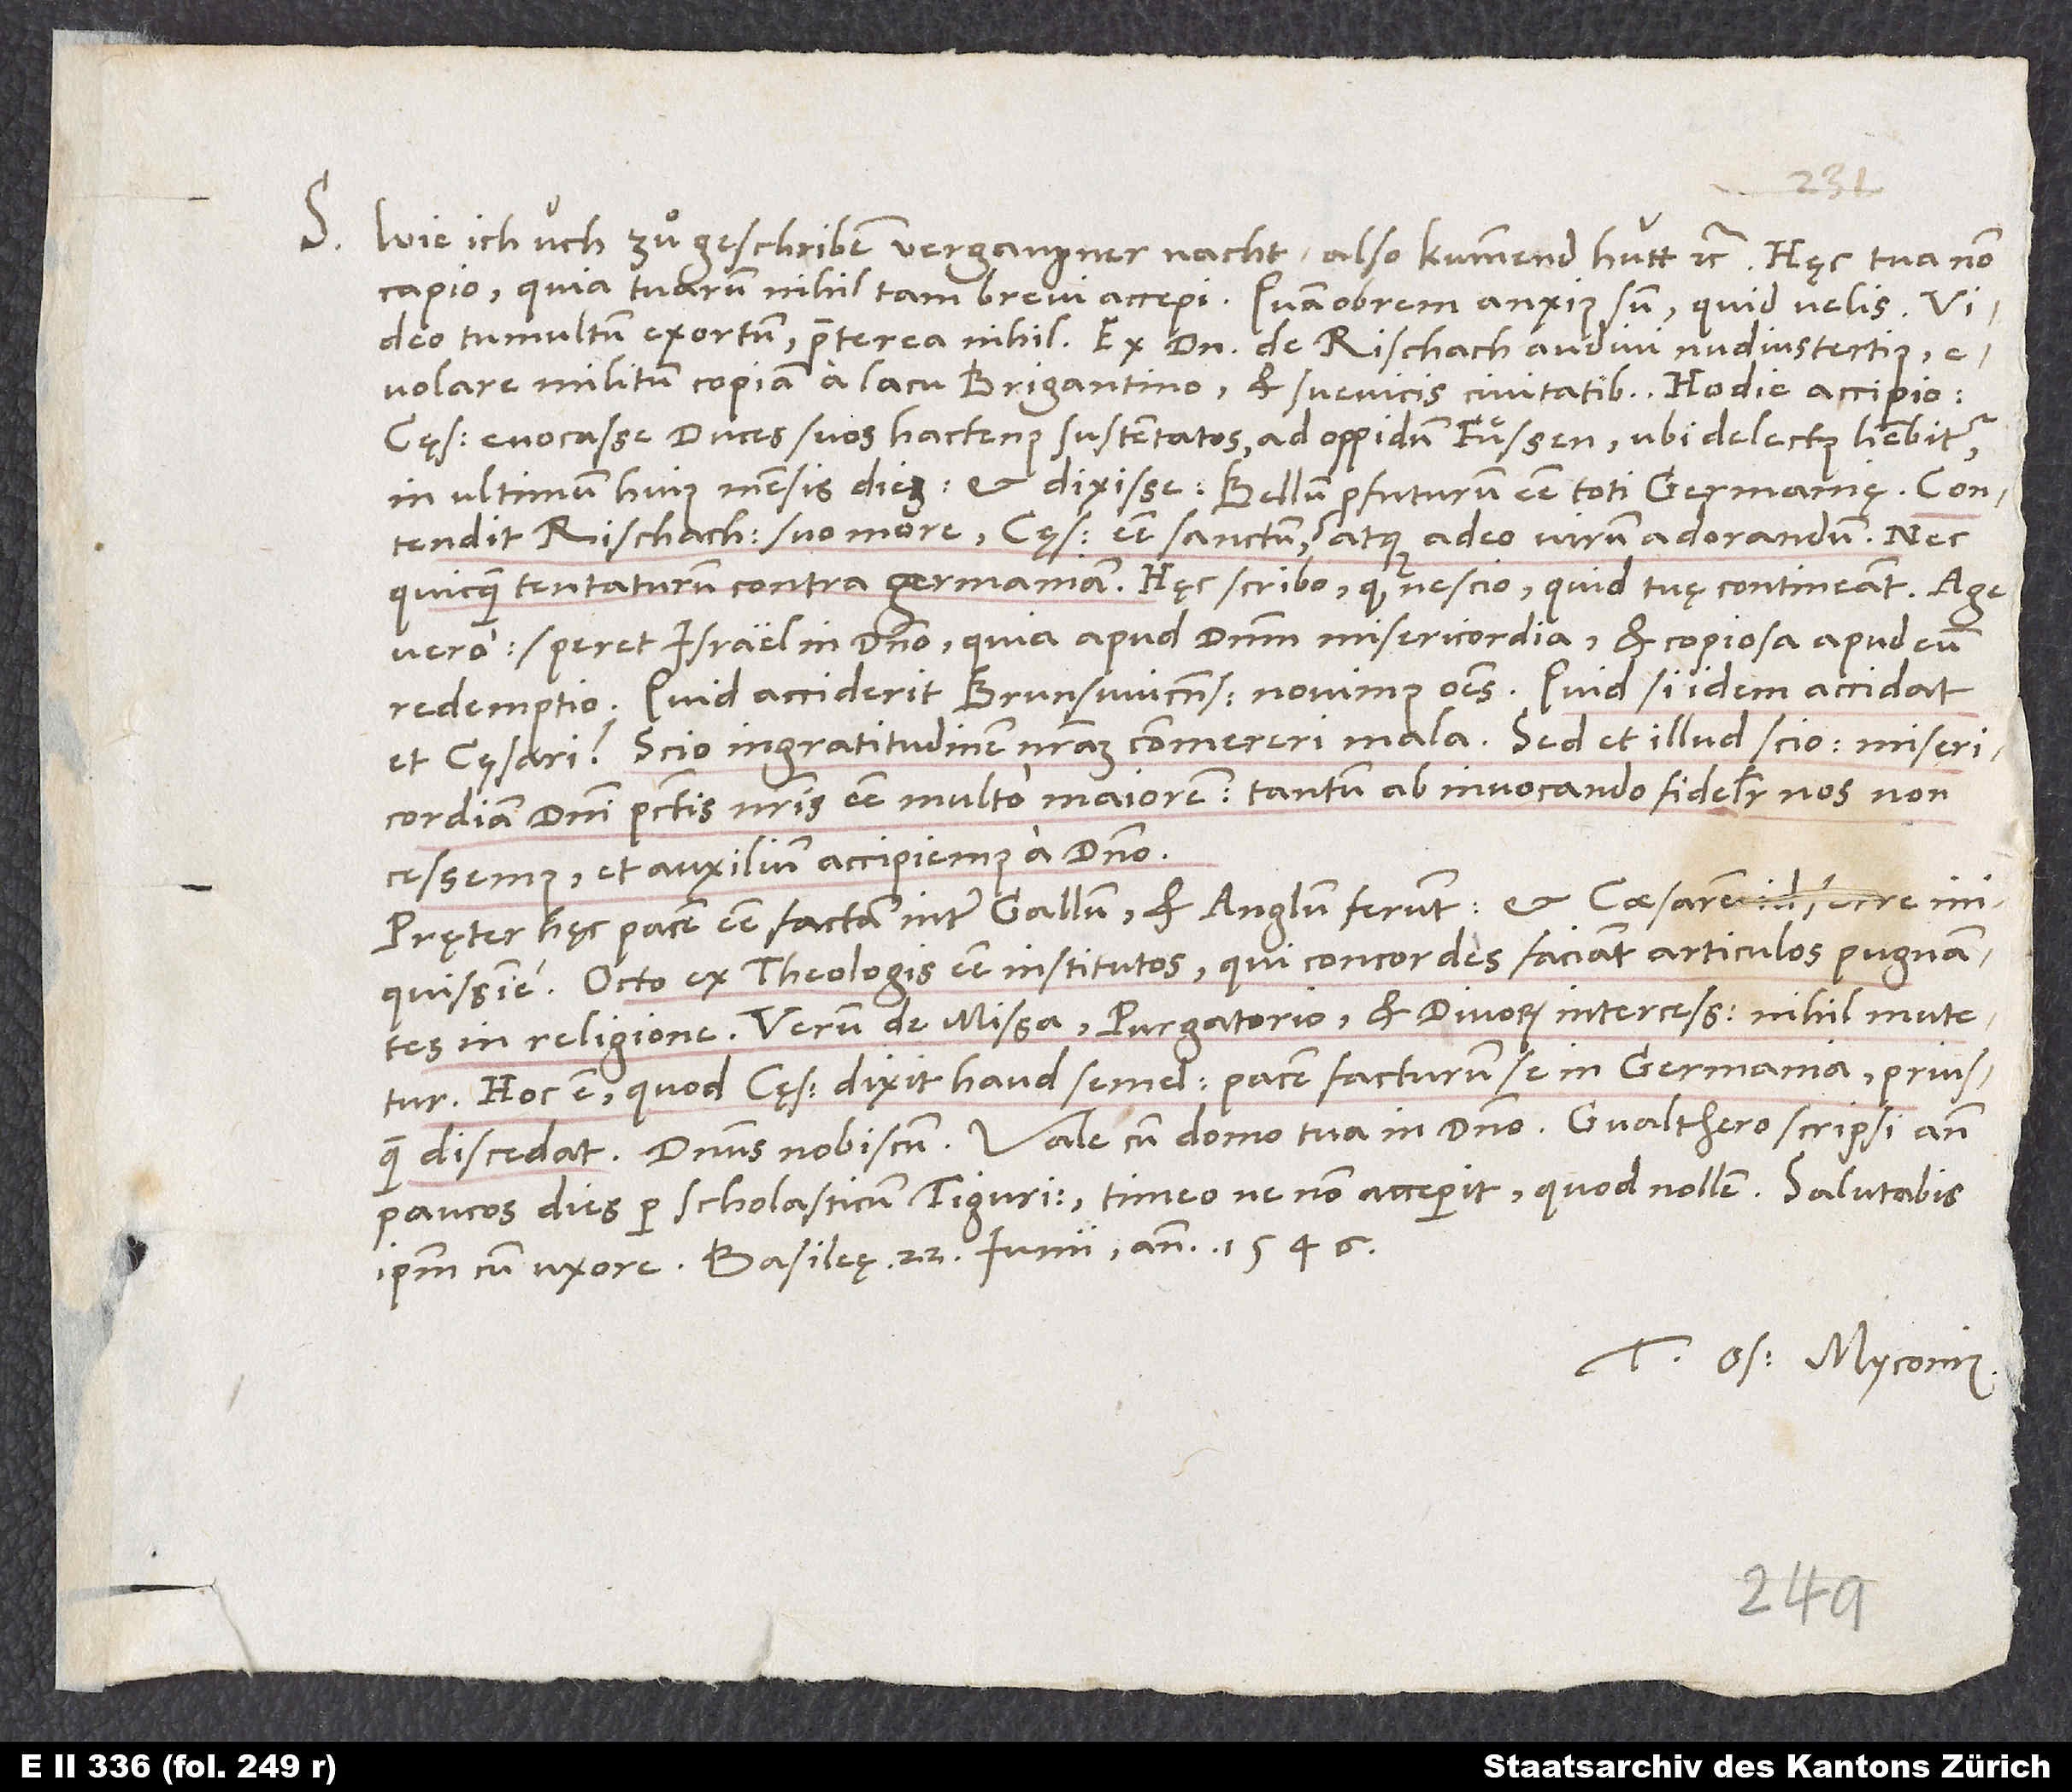
S. „Wie ich üch zuͦgeschriben vergangner nacht, also kummend hütt“, etc. Hęc tua non
capio, quia tuarum nihil tam brevi accepi. Quamobrem anxius sum, quid velis. Video
tumultum exortum, praeterea nihil. Ex domino de Rischach audivi nudiustertius
evolare militum copiam a lacu Brigantino et Suevicis civitatibus. Hodie accipio
cęsarem evocasse duces suos hactenus sustentatos apud oppidum Fuͤßen, ubi delectus habebitur,
in ultimum huius mensis diem, et dixisse bellum profuturum esse toti Germanię. Contendit
Rischachius suo more cęsarem esse sanctum atque adeo virum adorandum neque
quicquam tentaturum contra Germaniam. Hęc scribo, quod nescio, quid tuę contineant. Age
vero, speret Israel in domino, quia apud dominum misericordia et copiosa apud eum
redemptio. Quid acciderit Brunswicensi, novimus omnes. Quid, si idem accidat
et cęsari? Scio ingratitudinem nostram commereri mala. Sed et illud scio, misericordiam
domini peccatis nostris esse multo maiorem. Tantum ab invocando fideliter nos non
cessemus, et auxilium accipiemus a domino.
Pręter hęc pacem esse factam inter Gallum et Anglum ferunt, et caesarem id ferre
Octo ex theologis esse institutos, qui concordes faciant articulos pugnantes
in religione, verum de missa, purgatorio et divorum intercessione nihil mutetur.
Hoc est, quod cęsar dixit haud semel: Pacem facturum se in Germania, priusquam
paucos dies per scholasticum Tigurinum. Timeo, ne non acceperit, quod nollem. Salutabis
Tuus Os. Myconius.
1546.